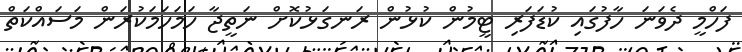
ފަހްމީ ދެވަނަ ހާފުގައި ކުޑަފަރި ޓީމުން ކުޅުން ރަނގަޅުކޮށް ނަތީޖާ ހަމަހަމަކުރަން މަސައްކަތް